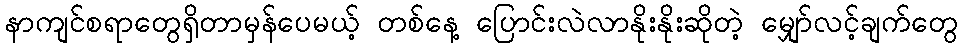
နာကျင်စရာတွေရှိတာမှန်ပေမယ့် တစ်နေ့ ပြောင်းလဲလာနိုးနိုးဆိုတဲ့ မျှော်လင့်ချက်တွေ